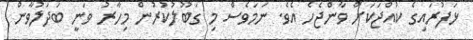
ޅަފުރައިގެ ކުއްޖަކަށް ވާންޖެހެ އެވެ. ނަމަވެސް މި ގަބޫލުކުރުން މިހާރު ވަނީ ބަދަލުވާން